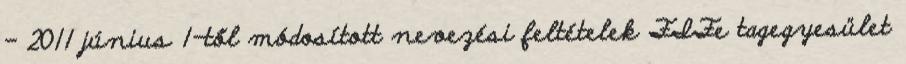
- 2011 június 1-től módosított nevezési feltételek FIFe tagegyesület